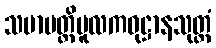
သမာပတ္တိမူလကဝုဋ္ဌာနသုတ္တံ